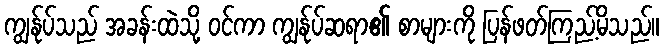
ကျွန်ုပ်သည် အခန်းထဲသို့ ဝင်ကာ ကျွန်ုပ်ဆရာ၏ စာများကို ပြန်ဖတ်ကြည့်မိသည်။